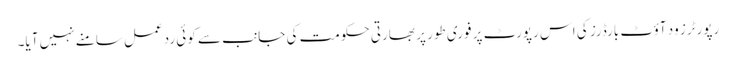
رپورٹرز ود آؤٹ بارڈرز کی اس رپورٹ پر فوری طور پر بھارتی حکومت کی جانب سے کوئی ردعمل سامنے نہیں آیا۔